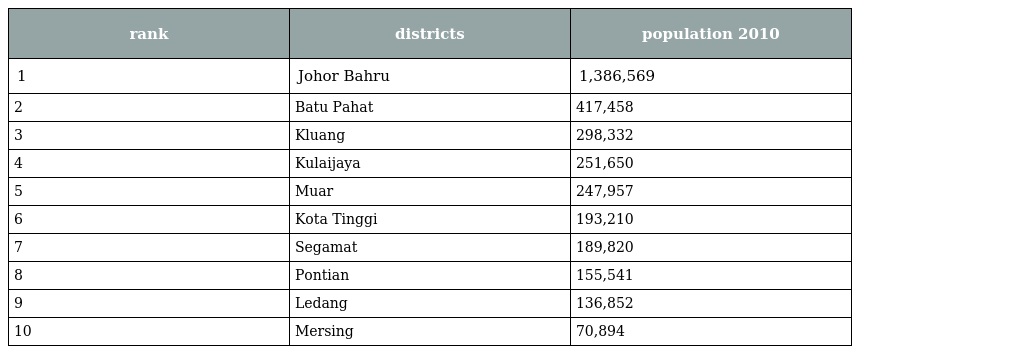
| rank | districts | population 2010 |
 | --- | --- | --- |
 | 1 | Johor Bahru | 1,386,569 |
 | 2 | Batu Pahat | 417,458 |
 | 3 | Kluang | 298,332 |
 | 4 | Kulaijaya | 251,650 |
 | 5 | Muar | 247,957 |
 | 6 | Kota Tinggi | 193,210 |
 | 7 | Segamat | 189,820 |
 | 8 | Pontian | 155,541 |
 | 9 | Ledang | 136,852 |
 | 10 | Mersing | 70,894 |